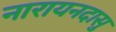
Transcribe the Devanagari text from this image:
नारायनदासु